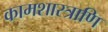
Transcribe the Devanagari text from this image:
कामशास्त्राणि